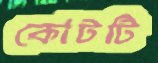
কোটটি